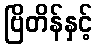
ဗြိတိန်နှင့်